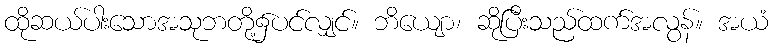
ထိုဆယ်ပါးသောအသုဘတို့၌ပင်လျှင်။ ဘိယျော၊ ဆိုပြီးသည်ထက်အလွန်။ အယံ